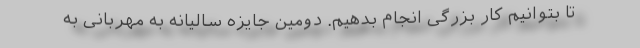
تا بتوانیم کار بزرگی انجام بدهیم. دومین جایزه سالیانه به مهربانی به